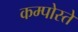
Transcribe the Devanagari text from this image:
कम्पोस्ते